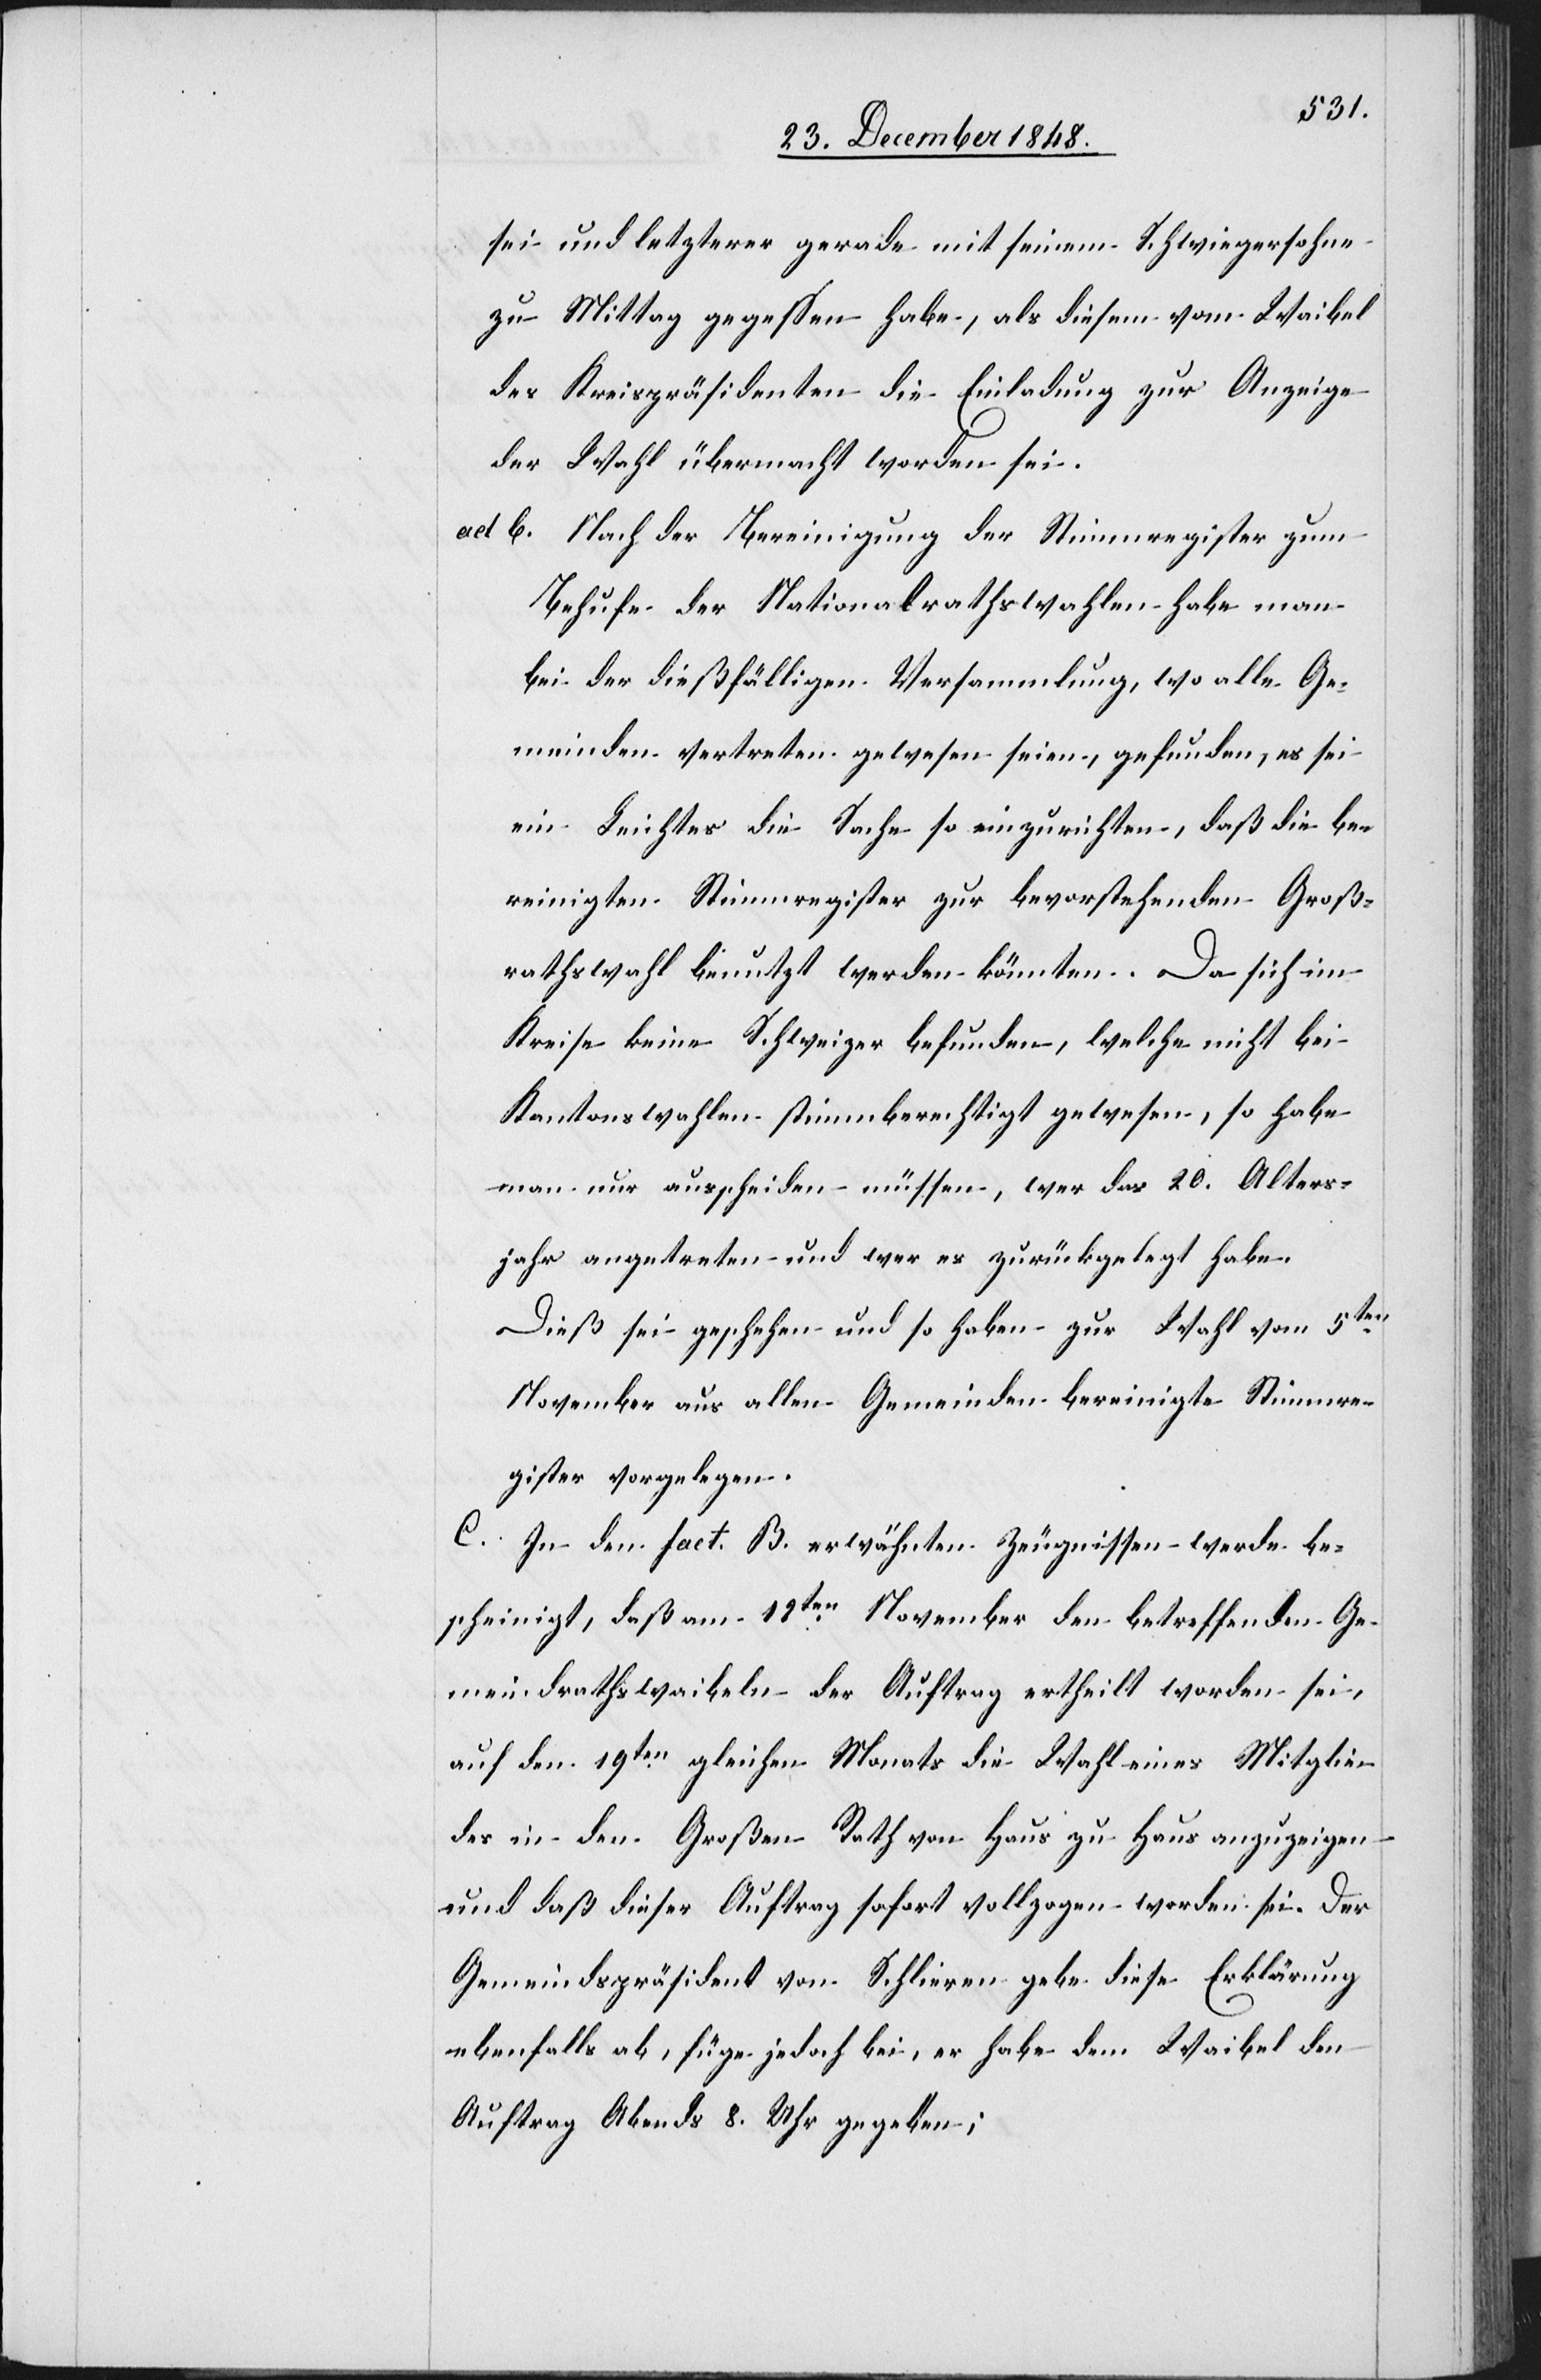
sei und letzterer gerade mit seinem Schwiegersohne
zu Mittag gegessen habe, als diesem vom Waibel
des Kreispräsidenten die Einladung zur Anzeige
der Wahl übermacht worden sei.
ad. b. Nach der Bereinigung der Stimmregister zum
Behufe der Nationalrathswahlen habe man
bei der dießfälligen Versammlung, wo alle Ge¬
meinden vertreten gewesen seien, gefunden, es sei
ein Leichtes die Sache so einzurichten, daß die be¬
reinigten Stimmregister zur bevorstehenden Groß¬
rathswahl benutzt werden könnten. Da sich im
Kreise keine Schweizer befunden, welche nicht bei
Kantonswahlen stimmberechtigt gewesen, so habe
man nur ausscheiden müssen, wer das 20. Alters¬
jahr angetreten und wer es zurückgelegt habe.
Dieß sei geschehen und so haben zur Wahl vom 5ten
November aus allen Gemeinden bereinigte Stimmre¬
gister vorgelegen.
C. In den fact. B. erwähnten Zeugnissen werde be¬
scheinigt, daß am [?12ten] November den betreffenden Ge¬
meindrathswaibeln der Auftrag ertheilt worden sei,
auf den 19ten gleichen Monats die Wahl eines Mitglie¬
des in den Großen Rath von Haus zu Haus anzuzeigen
und daß dieser Auftrag sofort vollzogen worden sei. Der
Gemeindspräsident von Schlieren gebe diese Erklärung
ebenfalls ab, füge jedoch bei, er habe dem Waibel den
Auftrag Abends 8. Uhr gegeben;